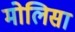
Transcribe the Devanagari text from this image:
मोलिसा